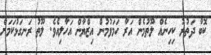
ކޮބާ ދަތުރު ކިހިނެއް ލޫތުމެން އަރާ ހަމަވުމުން އިޒްޔާން އަހާލިއެވެ. ލޫތު ރަނގަޅުކަމަށް